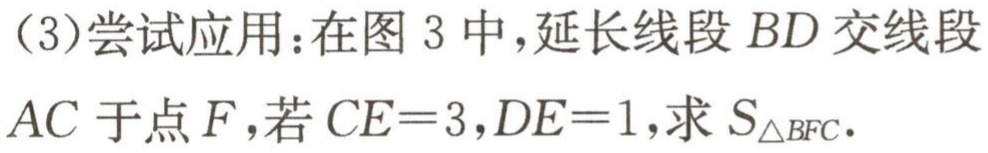
（3）尝试应用：在图 3 中，延长线段 \(BD\) 交线段 \(AC\) 于点 \(F\)，若 \(CE = 3\)，\(DE = 1\)，求 \(S_{\triangle BFC}\)．